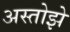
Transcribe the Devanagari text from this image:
अस्तोझे